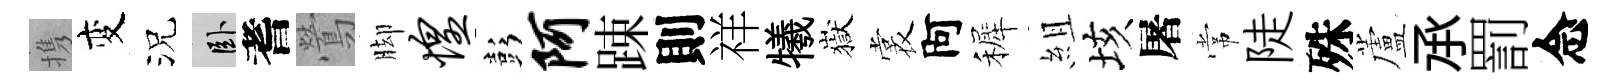
携变況卧耆鶯脚惶彭阿踈則祥犧嶽裳阿裤組垓屠常陡殊蘆𠄘罰念